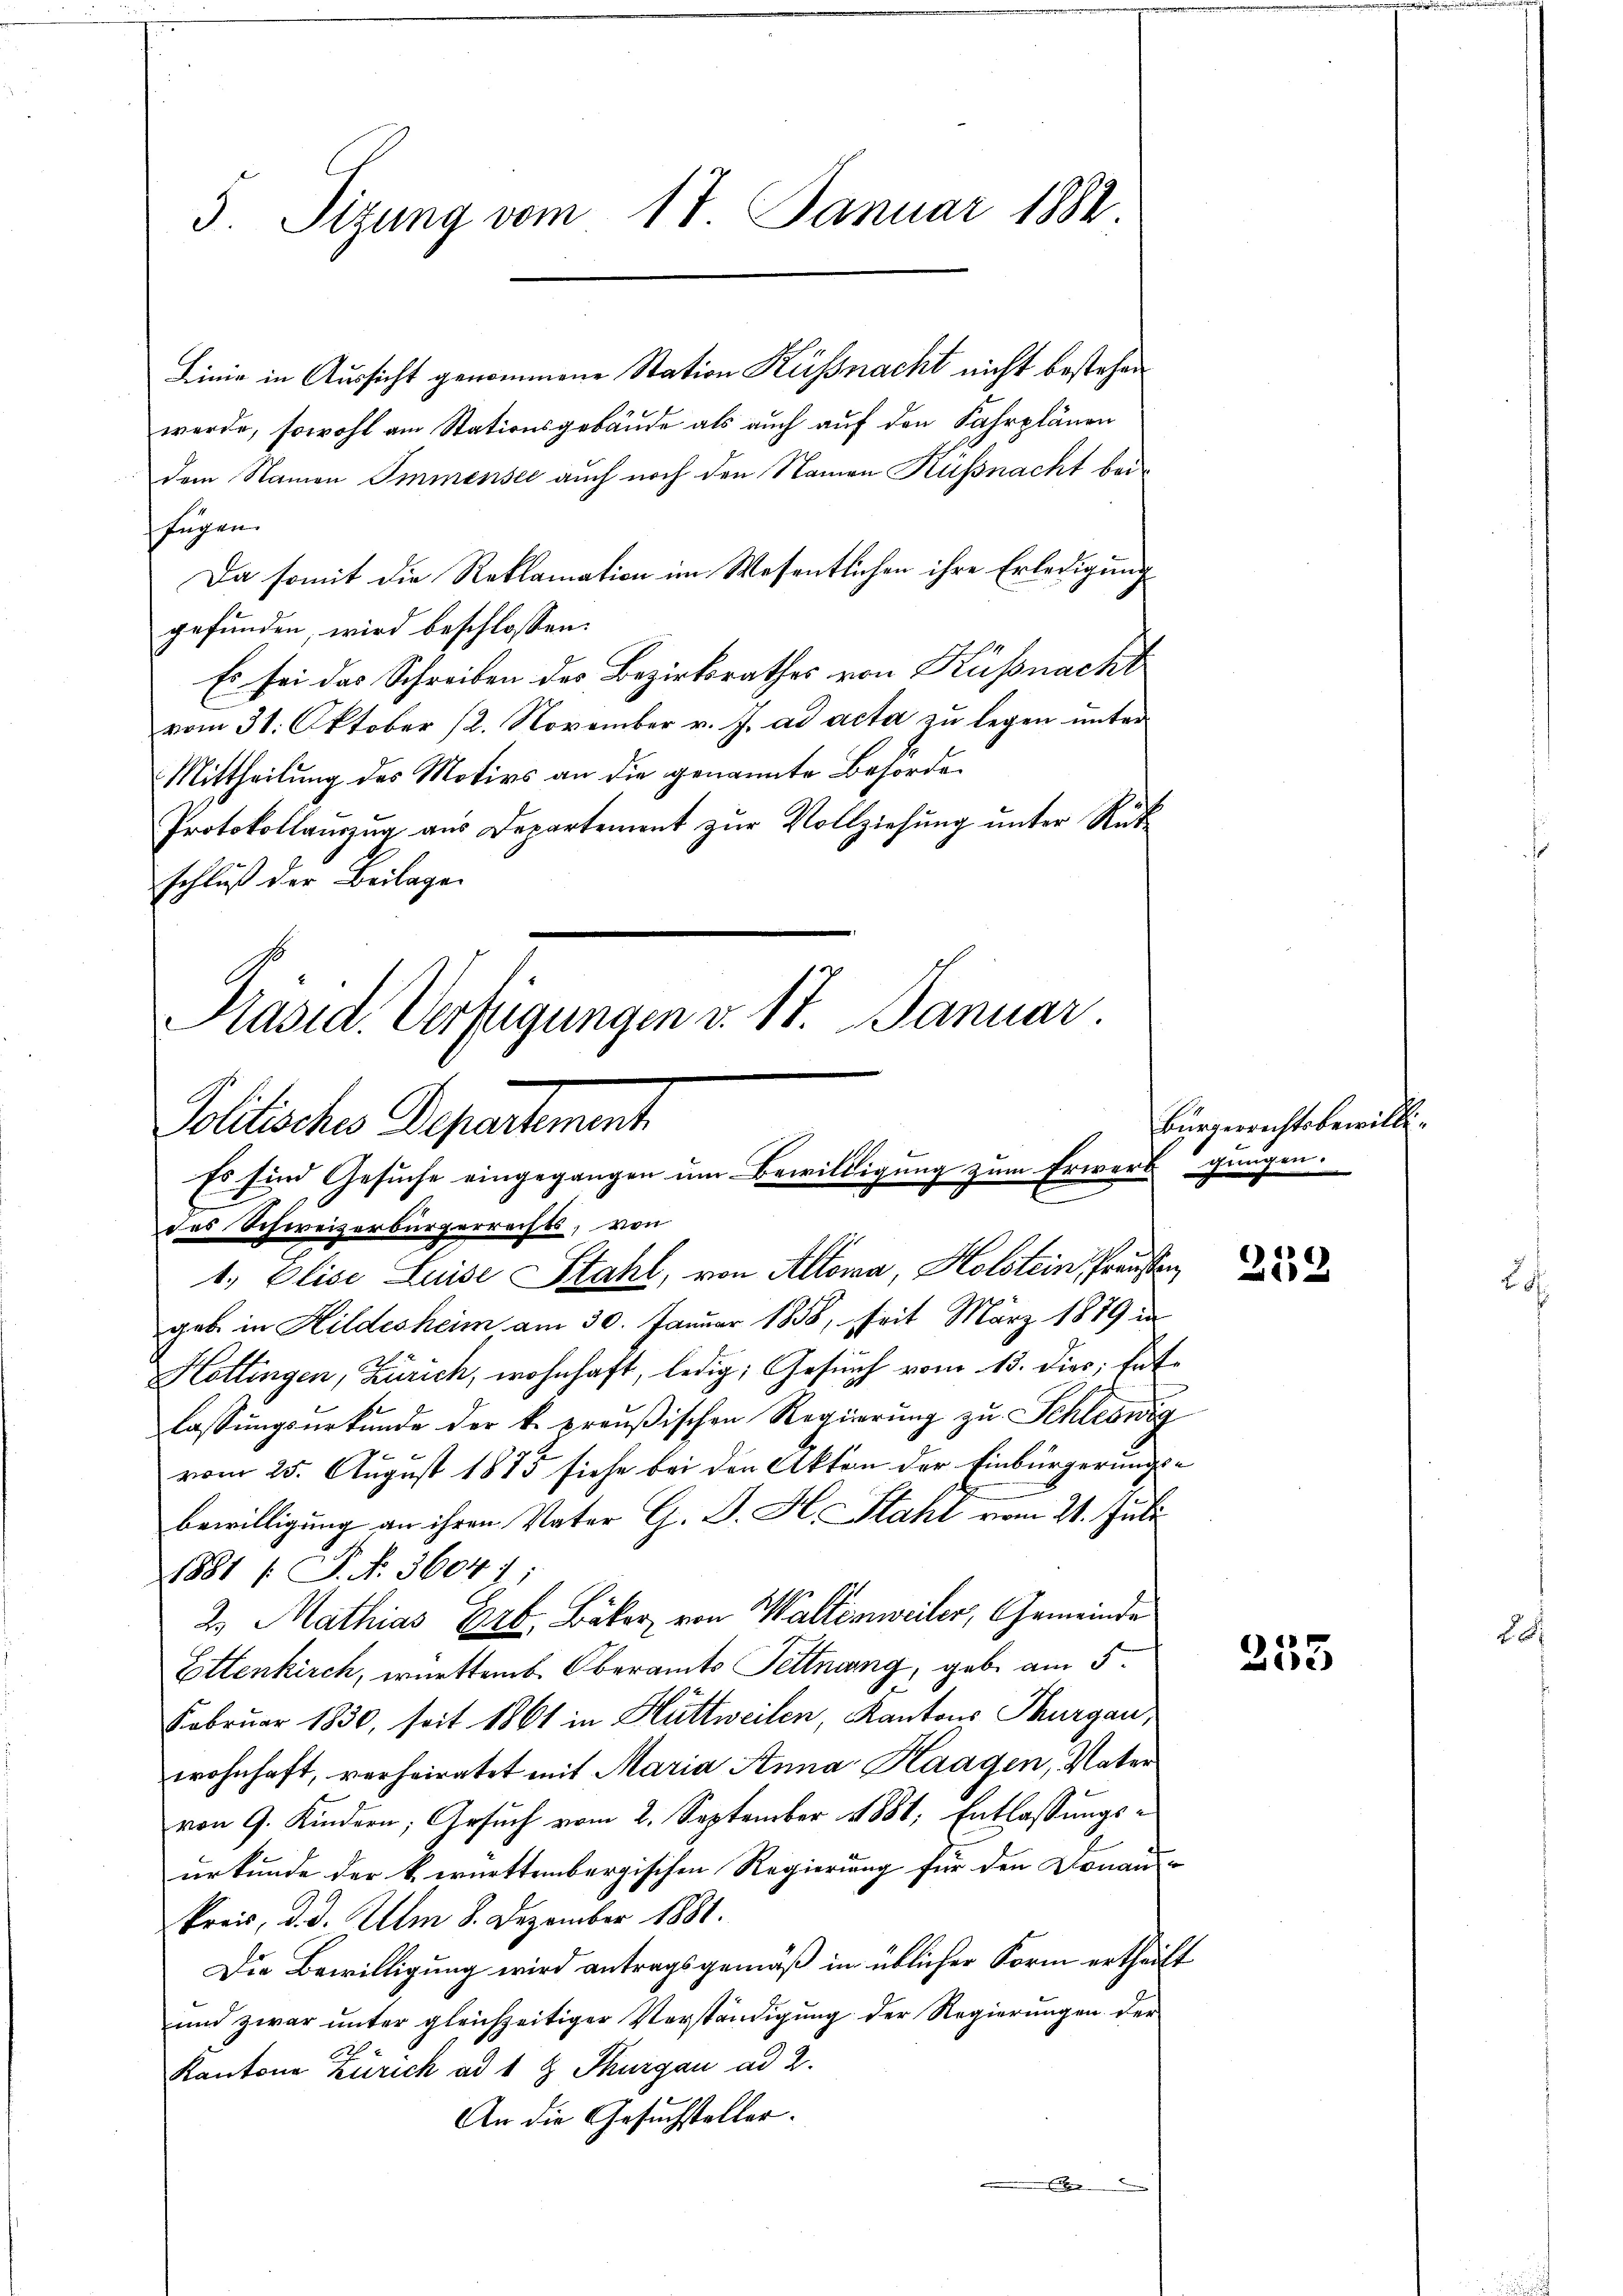
5. Sizung vom 17. Januar 1882

Linie in Aussicht genommene Station Küssnacht nicht bestehen
werde, sowohl am Stationsgebäude als auch auf den Fahrplänen
dem Namen Immensee auch noch den Namen Küssnacht beifügen.
Da somit die Reklamation im Wesentlichen ihre Erledigung
gefunden, wird beschlossen:
Es sei das Schreiben des Bezirksrathes von Küssnacht
vom 31. Oktober 12. November v. J. ad acta zu legen unter
Mittheilung des Motivs an die genannte Behörde.
Protokollauszug aus Departement zur Vollziehung unter Rükschluß der Beilage

Pasid. Verfügungen v. 17. Januar
Politische Departement.
Es sind Gesuche eingegangen um Bewilligung zum Erwerb gingen.

des Schweizerbürgerrechts, von
1., Elise Luise Stahl, von Altowa, Holstein, Frauen
geb in Hildesheim am 30. Januar 1858, seit März 1879 in
Hottingen, Zürich, wohnhaft, ledig, Gesuch vom 13. dies, hatlassungsurkunde der k. preußischen Regierung zu Schleswig
vom 25. August 1875 siehe bei den Akten der Einbürgerungsbewilligung an ihren Vater G. J. H. Stahl vom 21. Juli
1881 [ P. Nr. 3604:
2. Mathias Erb. Bäker von Waltenweiler, Gemeinde
Ettenkirch, württemb. Oberamts Pettnang, gebe am 5.
Februar 1830, seit 1861 in Hüttweilen, Kantons Thurgau,
wohnhaft, verheiratet mit Maria Anna Haagen, Vater
von 9. Kindern, Gesuch vom 2. September 1881; Entlassungsurkunde der k. ernettembergischen Regierung für den Donaus-
kreis, d. d. Um 8. Dezember 1881.
Die Bewilligung wird antragsgemäß in üblicher Form ertheilt
und zwar unter gleichzeitiger Verständigung der Regierungen der
Kantone Zürich ad 1 & Thurgau ad 2.
An die Gesuchsteller.

Bürgerrichtsbewilli¬

6
12

255